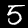
Digit: 5